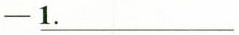
-\underline {1. }